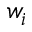
w _ { i }